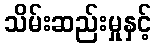
သိမ်းဆည်းမှုနှင့်